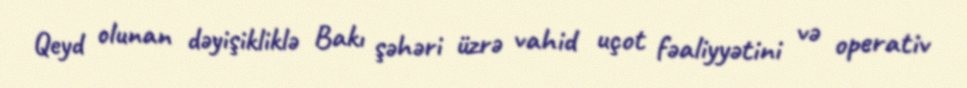
Qeyd olunan dəyişikliklə Bakı şəhəri üzrə vahid uçot fəaliyyətini və operativ